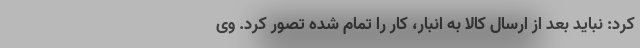
کرد: نباید بعد از ارسال کالا به انبار، کار را تمام شده تصور کرد. وی